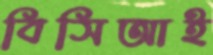
বিসিআই